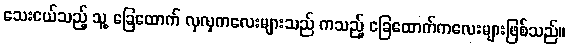
သေးငယ်သည့် သူ့ ခြေထောက် လှလှကလေးများသည် ကသည့် ခြေထောက်ကလေးများဖြစ်သည်။